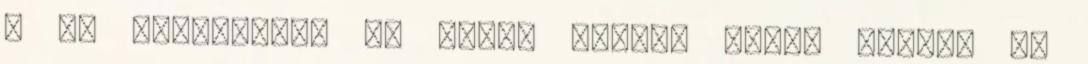
s ez véletlenül az orvos ablaka alatt haladt el